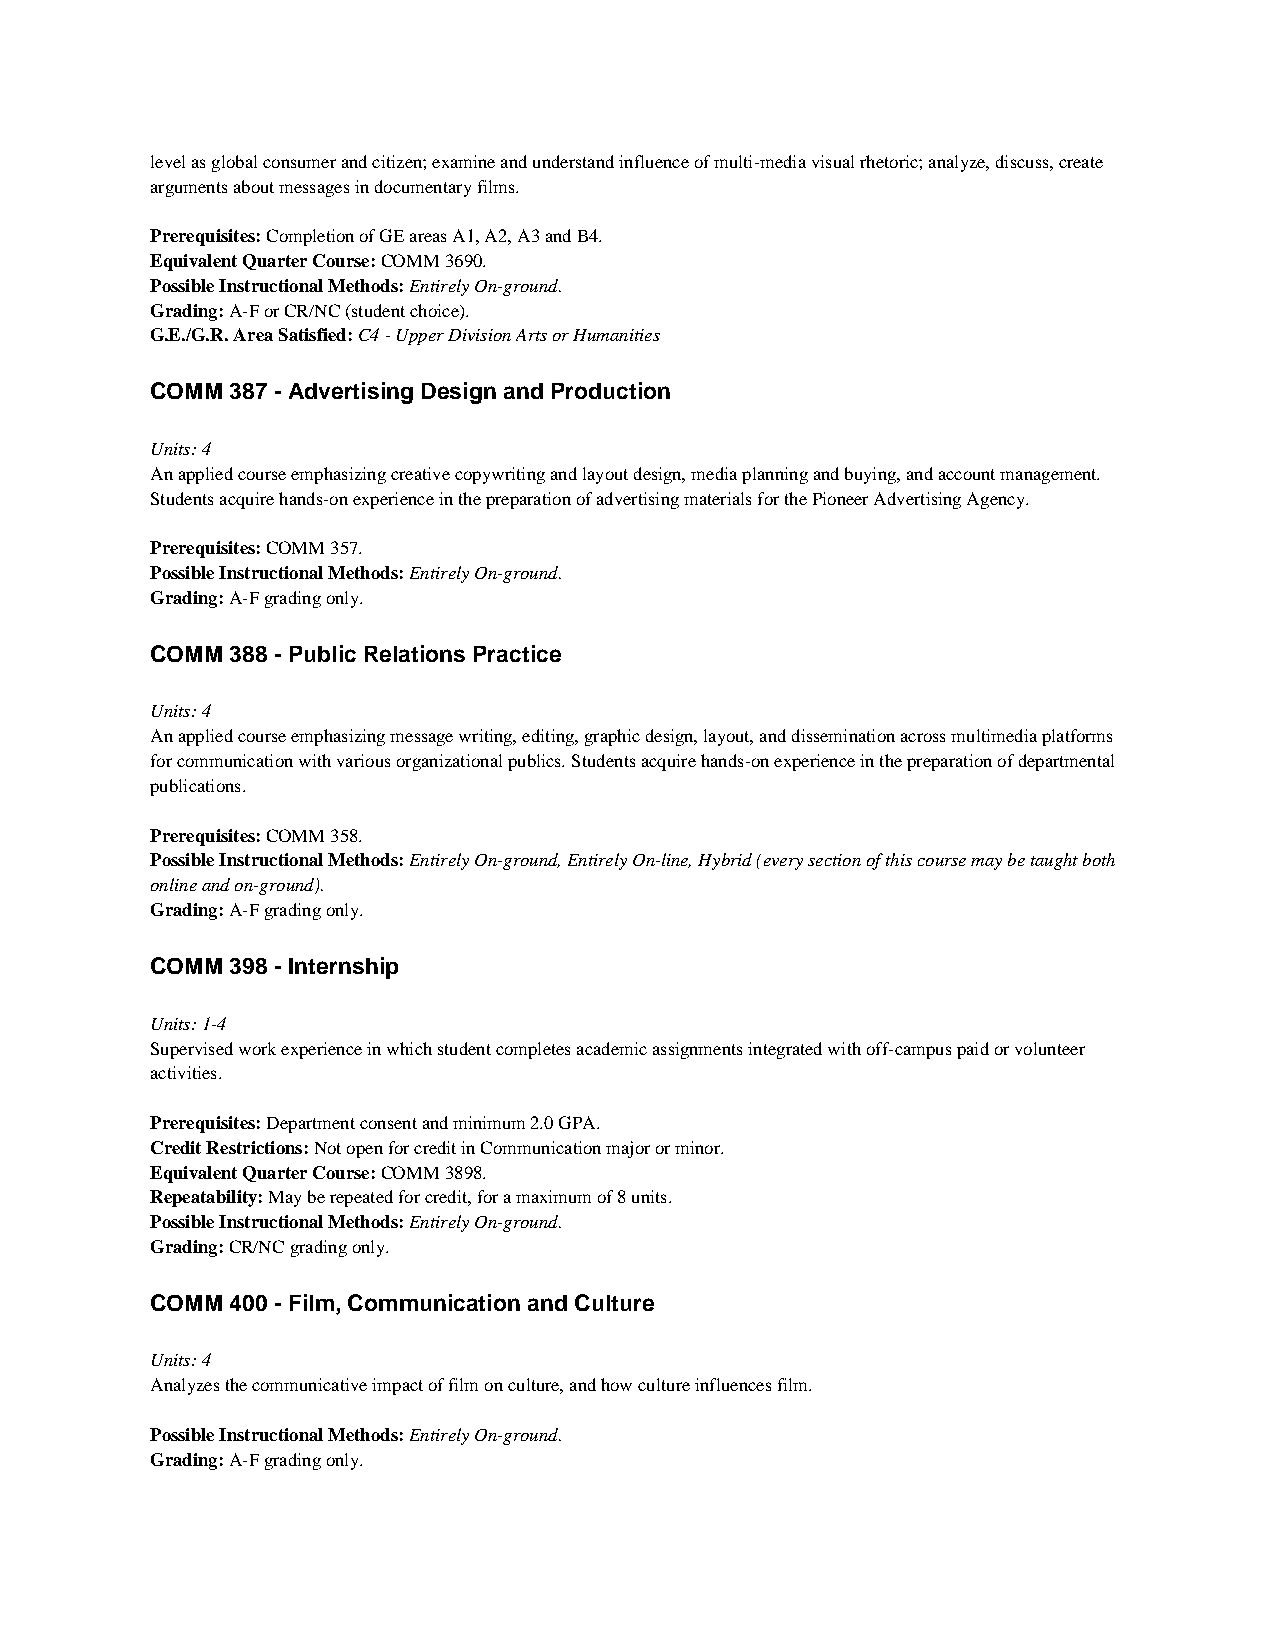
level as global consumer and citizen; examine and understand influence of multi-media visual rhetoric; analyze, discuss, create
 arguments about messages in documentary films.
 Prerequisites: Completion of GE areas A1, A2, A3 and B4.
 Equivalent Quarter Course: COMM 3690.
 Possible Instructional Methods: Entirely On-ground.
 Grading: A-F or CR/NC (student choice).
 G.E./G.R. Area Satisfied: C4 - Upper Division Arts or Humanities
 COMM 387 - Advertising Design and Production
 Units: 4
 An applied course emphasizing creative copywriting and layout design, media planning and buying, and account management.
 Students acquire hands-on experience in the preparation of advertising materials for the Pioneer Advertising Agency.
 Prerequisites: COMM 357.
 Possible Instructional Methods: Entirely On-ground.
 Grading: A-F grading only.
 COMM 388 - Public Relations Practice
 Units: 4
 An applied course emphasizing message writing, editing, graphic design, layout, and dissemination across multimedia platforms
 for communication with various organizational publics. Students acquire hands-on experience in the preparation of departmental
 publications.
 Prerequisites: COMM 358.
 Possible Instructional Methods: Entirely On-ground, Entirely On-line, Hybrid (every section of this course may be taught both
 online and on-ground).
 Grading: A-F grading only.
 COMM 398 - Internship
 Units: 1-4
 Supervised work experience in which student completes academic assignments integrated with off-campus paid or volunteer
 activities.
 Prerequisites: Department consent and minimum 2.0 GPA.
 Credit Restrictions: Not open for credit in Communication major or minor.
 Equivalent Quarter Course: COMM 3898.
 Repeatability: May be repeated for credit, for a maximum of 8 units.
 Possible Instructional Methods: Entirely On-ground.
 Grading: CR/NC grading only.
 COMM 400 - Film, Communication and Culture
 Units: 4
 Analyzes the communicative impact of film on culture, and how culture influences film.
 Possible Instructional Methods: Entirely On-ground.
 Grading: A-F grading only.